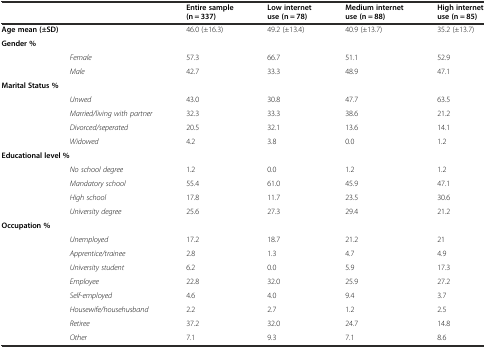
|  |  | Entire sample (n = 337) | Low internet use (n = 78) | Medium internet use (n = 88) | High internet use (n = 85) |
 | --- | --- | --- | --- | --- | --- |
 | <COLSPAN=2> Age mean (±SD) | 46.0 (±16.3) | 49.2 (±13.4) | 40.9 (±13.7) | 35.2 (±13.7) |
 | Gender % |  |  |  |  |  |
 |  | Female | 57.3 | 66.7 | 51.1 | 52.9 |
 |  | Male | 42.7 | 33.3 | 48.9 | 47.1 |
 | <COLSPAN=2> Marital Status % |  |  |  |  |
 |  | Unwed | 43.0 | 30.8 | 47.7 | 63.5 |
 |  | Married/living with partner | 32.3 | 33.3 | 38.6 | 21.2 |
 |  | Divorced/seperated | 20.5 | 32.1 | 13.6 | 14.1 |
 |  | Widowed | 4.2 | 3.8 | 0.0 | 1.2 |
 | <COLSPAN=2> Educational level % |  |  |  |  |
 |  | No school degree | 1.2 | 0.0 | 1.2 | 1.2 |
 |  | Mandatory school | 55.4 | 61.0 | 45.9 | 47.1 |
 |  | High school | 17.8 | 11.7 | 23.5 | 30.6 |
 |  | University degree | 25.6 | 27.3 | 29.4 | 21.2 |
 | <COLSPAN=2> Occupation % |  |  |  |  |
 |  | Unemployed | 17.2 | 18.7 | 21.2 | 21 |
 |  | Apprentice/trainee | 2.8 | 1.3 | 4.7 | 4.9 |
 |  | University student | 6.2 | 0.0 | 5.9 | 17.3 |
 |  | Employee | 22.8 | 32.0 | 25.9 | 27.2 |
 |  | Self-employed | 4.6 | 4.0 | 9.4 | 3.7 |
 |  | Housewife/househusband | 2.2 | 2.7 | 1.2 | 2.5 |
 |  | Retiree | 37.2 | 32.0 | 24.7 | 14.8 |
 |  | Other | 7.1 | 9.3 | 7.1 | 8.6 |